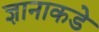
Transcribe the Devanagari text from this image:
ज्ञानाकडे